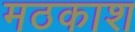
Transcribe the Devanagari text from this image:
मठकाश